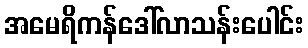
အမေရိကန်ဒေါ်လာသန်းပေါင်း